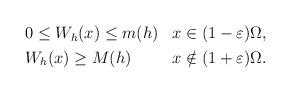
LaTeX: \begin{align*} \begin{aligned}&0 \leq W_{h} ( x ) \leq m ( h ) && x \in ( 1 - \varepsilon ) \Omega , \\&W_{h} ( x ) \geq M ( h ) && x \notin ( 1 + \varepsilon ) \Omega .\end{aligned}\end{align*}